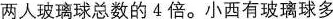
两人玻璃球总数的4倍。小西有玻璃球多